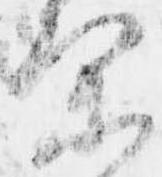
余